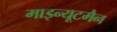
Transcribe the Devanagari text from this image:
माइन्यूटमैन